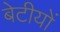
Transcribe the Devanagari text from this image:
बेटीयों